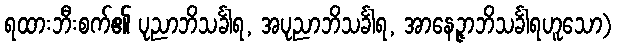
ရထားဘီးစက်၏ ပုညာဘိသင်္ခါရ, အပုညာဘိသင်္ခါရ, အာနေဉ္ဇာဘိသင်္ခါရဟူသော)